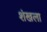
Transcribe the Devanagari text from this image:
शंखला